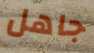
جاهل